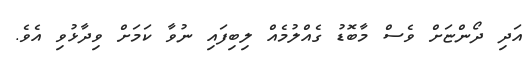
އަދި ދޯންޏަށް ވެސް މާބޮޑު ގެއްލުމެއް ލިބިފައި ނުވާ ކަމަށް ވިދާޅުވި އެވެ.